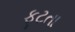
ફૂટતા